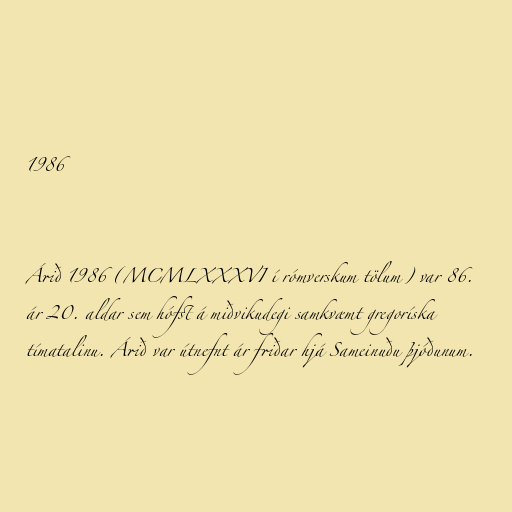
1986

Árið 1986 (MCMLXXXVI í rómverskum tölum) var 86.
ár 20. aldar sem hófst á miðvikudegi samkvæmt gregoríska
tímatalinu. Árið var útnefnt ár friðar hjá Sameinuðu þjóðunum.